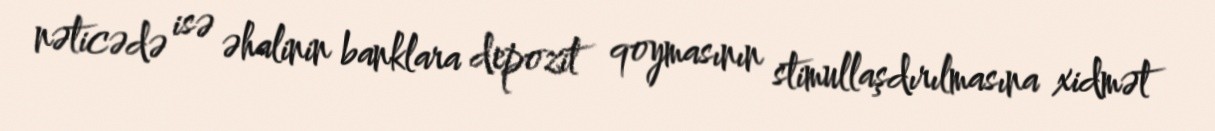
nəticədə isə əhalinin banklara depozit qoymasının stimullaşdırılmasına xidmət